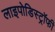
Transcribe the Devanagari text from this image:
लाइपोडिस्ट्रॉफी